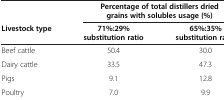
<table><thead><tr><td><b> </b></td><td colspan="2"><b>Percentage of total distillers dried grains with solubles usage (%)</b></td></tr><tr><td><b>Livestock type</b></td><td><b>71%:29% substitution ratio</b></td><td><b>65%:35% substitution ratio</b></td></tr></thead><tbody><tr><td>Beef cattle</td><td>50.4</td><td>30.0</td></tr><tr><td>Dairy cattle</td><td>33.5</td><td>47.3</td></tr><tr><td>Pigs</td><td>9.1</td><td>12.8</td></tr><tr><td>Poultry</td><td>7.0</td><td>9.9</td></tr></tbody></table>